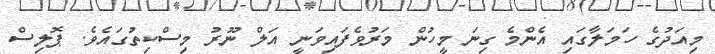
މިއަދުގެ ހަމަލާގައި އެންމެ ގިނަ މީހުން މަރުވެފައިވަނީ އަލް ނޫރު މިސްކިތުގައެވެ. ޕޮލިސް